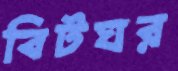
বিটঘর